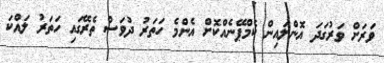
ވަރަށް ވަރުގަދަ އޮންލައިން ކެމްޕޭނެއްކޮށް އެންމެ ހަތަރު ދުވަސް ތެރޭގައި ހަތަރު ލައްކަ